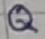
Text: Q